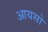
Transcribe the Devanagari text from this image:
आयसो